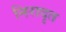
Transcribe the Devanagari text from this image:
निरादृत